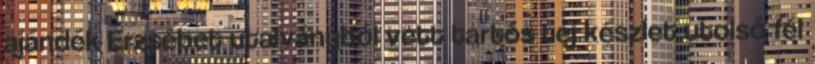
ajándék Erzsébet utalványból vett tartós tej készlet utolsó fél